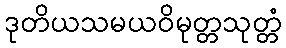
ဒုတိယသမယဝိမုတ္တသုတ္တံ